Annual statistical returns and brief notes on vaccination in Bengal - 1887-1898
Year: 1887
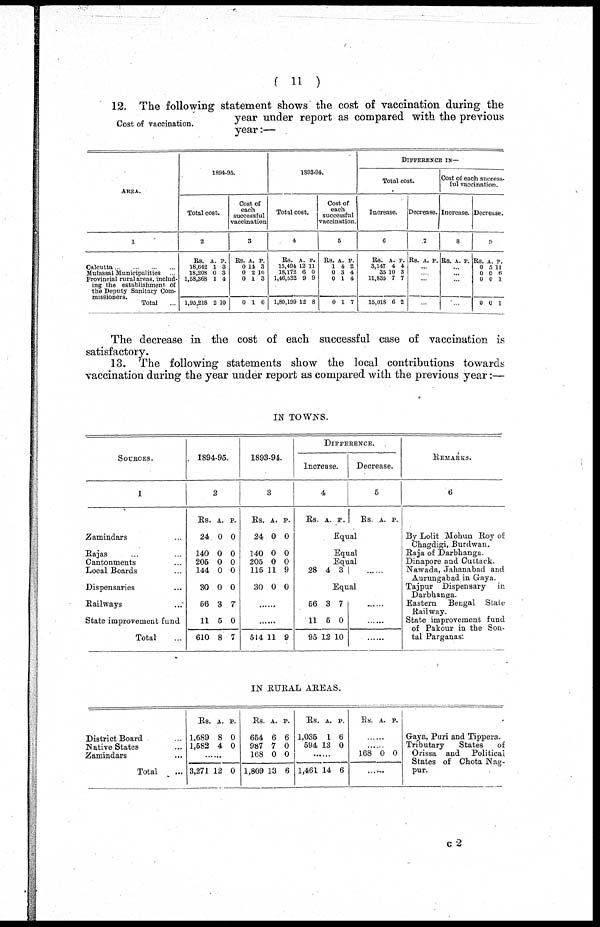
( 11 )
Cost of vaccination.
12. The following statement shows the cost of vaccination during the
year under report as compared with the previous
year:—
AREA.
1
Calcutta ... ... ... ...
Mufassal Municipalities ...
Provincial rural areas, includ-
ing the establishment of
the Deputy Sanitary Corn¬
missioners.
Total ...
1894-95.
Total cost.
2
Rs.
18,642
18,208
1,58,368
1,95,218
A.
1
0
1
2
P.
3
8
4
10
Cost of
each
successful
vaccination
3
Rs.
0
0
0
0
A.
14
2
1
1
P.
3
10
3
6
1893-94.
Total cost.
4
Rs.
15,494
18,172
1,46,582
1,80,199
A.
12
6 9
12
P.
11
0
9
8
Cost of
each
successful
vaccination.
5
Rs.
1
0
0
0
A.
4
3
1
1
P.
2
4
4
7
DIFFERENCE IN—
Total cost.
Increase.
6
Rs.
3,147
35
11,835
15,018
A.
4
10
7
6
P.
4
3
7
2
Decrease.
7
Rs. A. P.
...
...
...
...
Cost of each success-
ful vaccination.
Increase.
8
Rs. A. P.
...
...
...
...
Decrease.
9
Rs
0
0
0
0
A.
5
0
0
0
P.
11
6
1
1
The decrease in the cost of each successful case of vaccination is
satisfactory.
13. The following statements show the local contributions towards
vaccination during the year under report as compared with the previous year:—
IN TOWNS.
SOURCES.
1
Zamindars ...
Rajas ... ...
Cantonments ...
Local Boards ...
Dispensaries ...
Railways ...
State improvement fund
Total ...
1894-95.
2
Rs.
24
140
205
144
30
56
11
610
A.
0
0
0
0
0
3
5
8
P.
0
0
0
0
0
7
0
7
1893-94.
3
Rs.
24
140
205
115
30
A.
0
0
0
11
0
P.
0
0
0
9
0
......
......
514 11 9
DIFFERENCE.
Increase.
4
Rs. A. P.
Decrease.
5
Rs. A. P.
Equal
Equal
Equal
28 4 3 ......
Equal
56
11
95
3
5
12
7
0
10
......
......
......
REMARKS.
6
By Lolit Mohun Roy of
Chagdigi, Burdwan.
Raja of Darbhanga.
Dinapore and Cuttack.
Nawada, Jahanabad and
Aurungabad in Gaya.
Tajpur Dispensary
in
Darbhanga.
Eastern
Bengal Stale
Railway.
State improvement fund
of Pakour in the Son¬
tal Parganas:
IN RURAL AREAS.
District Board ...
Native States ...
Zamindars ...
Total ...
Rs.
1,689
1,582
A.
8
4
P.
0
0
......
3,271 12 0
Rs.
654
987
168
1,809
A.
6
7
0
13
P.
6
0
0
6
Rs.
1,036
594
A.
1
13
P.
6
0
......
1,461 14 6
Rs. A. P.
......
......
168 0 0
......
Gaya, Puri and Tippera.
Tributary
States
of
Orissa and
Political
States of Chota Nag¬
pur.
c2